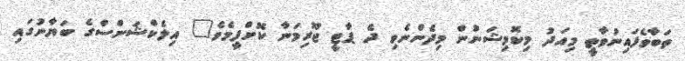
ތަބާވެފައިނުވާތީ މިއަދު މިކޮމިޝަނުން މިދެންނެވި ދެ ޕާޓީ ޖޫރިމަނާ ކޮށްފީމެވެ" އިލެކްޝަންސްގެ ބަޔާނުގައި